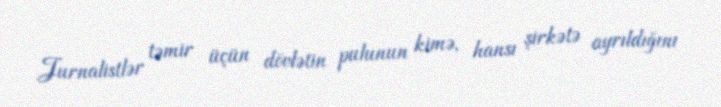
Jurnalistlər təmir üçün dövlətin pulunun kimə, hansı şirkətə ayrıldığını